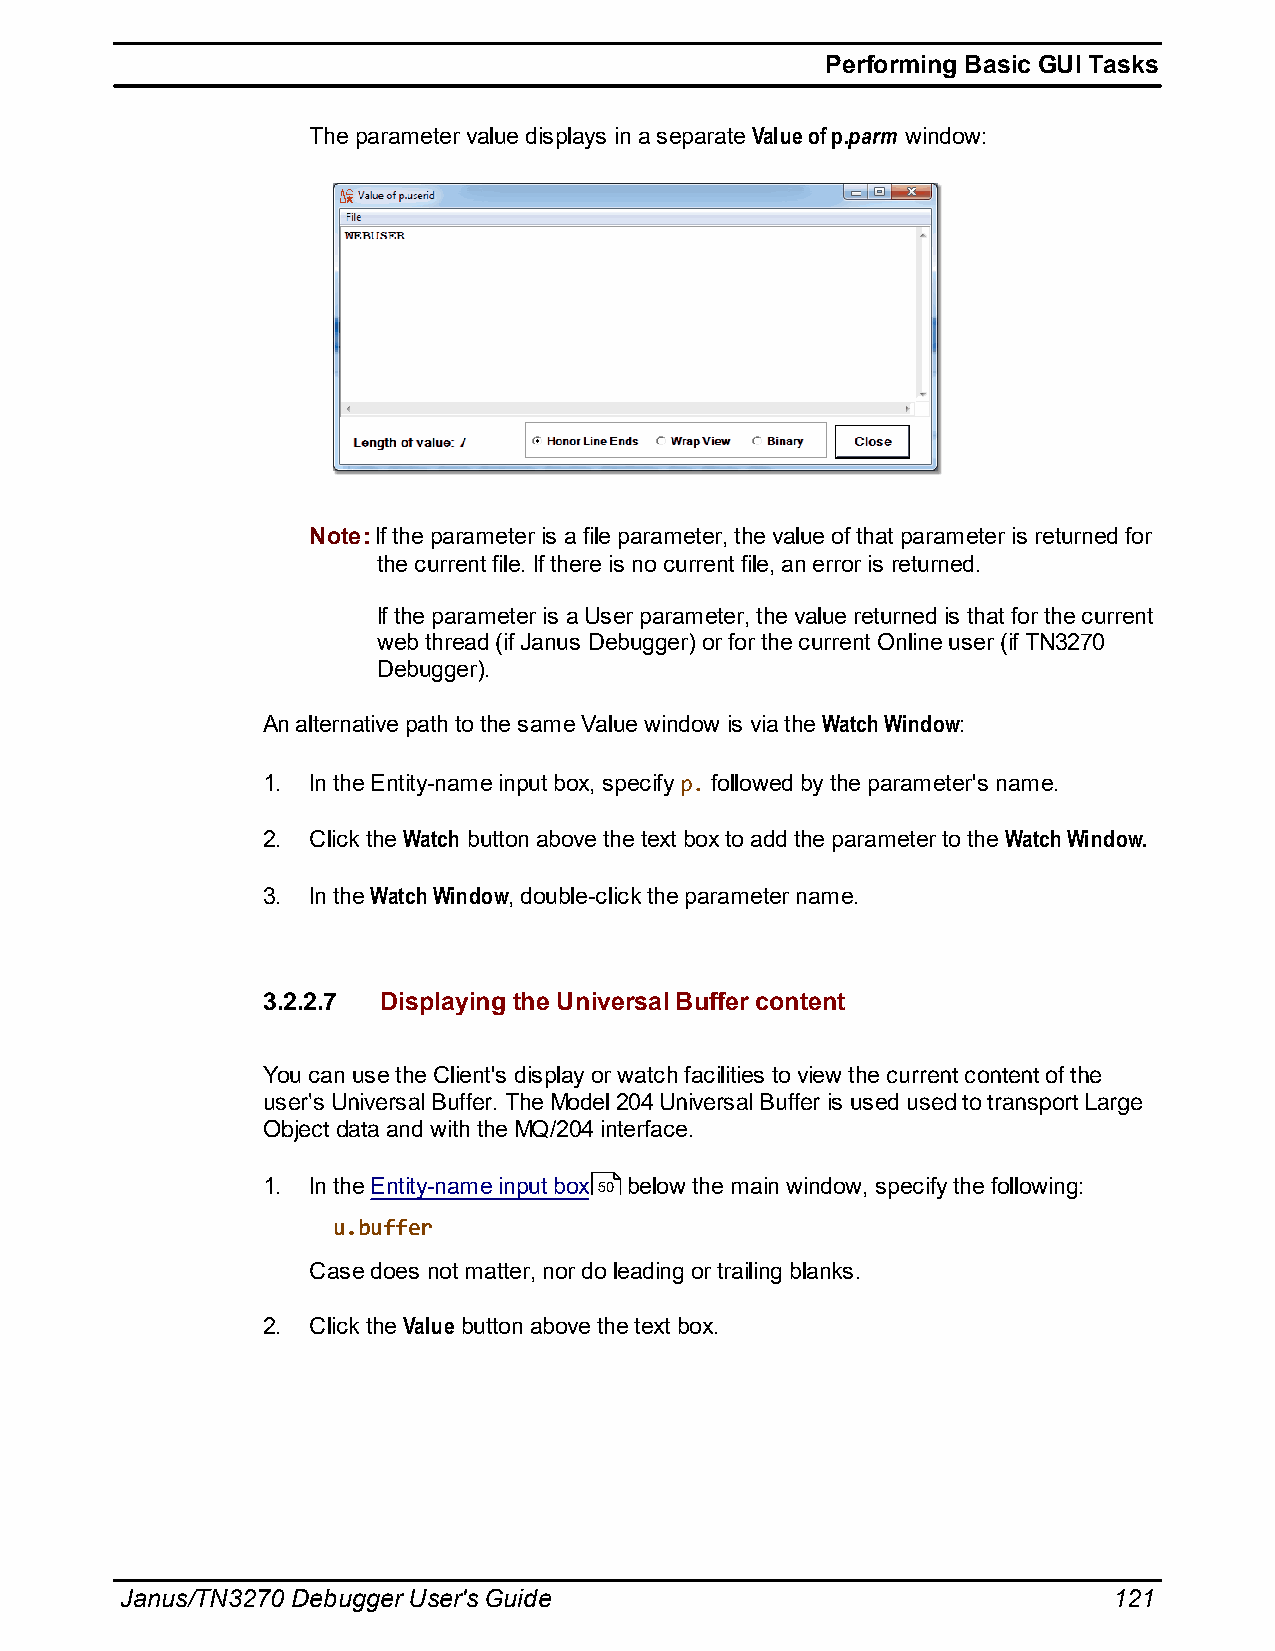
Performing Basic GUI Tasks
 The parameter value displays in a separate Value of p.parm window:
 Note: If the parameter is a file parameter, the value of that parameter is returned for
 the current file. If there is no current file, an error is returned.
 If the parameter is a User parameter, the value returned is that for the current
 web thread (if Janus Debugger) or for the current Online user (if TN3270
 Debugger).
 An alternative path to the same Value window is via the Watch Window:
 1. In the Entity-name input box, specify p. followed by the parameter's name.
 2. Click the Watch button above the text box to add the parameter to the Watch Window.
 3. In the Watch Window, double-click the parameter name.
 3.2.2.7 Displaying the Universal Buffer content
 You can use the Client's display or watch facilities to view the current content of the
 user's Universal Buffer. The Model 204 Universal Buffer is used used to transport Large
 Object data and with the MQ/204 interface.
 1. In the Entity-name input box 50 below the main window, specify the following:
 u.buffer
 Case does not matter, nor do leading or trailing blanks.
 2. Click the Value button above the text box.
 Janus/TN3270 Debugger User's Guide                                121